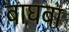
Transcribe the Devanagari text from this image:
बाघबा